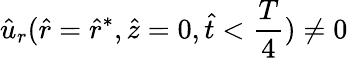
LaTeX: \hat{u}_{r}(\hat{r}=\hat{r}^{*},\hat{z}=0,\hat{t}<\frac{T}{4})\neq 0